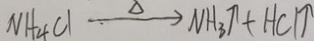
N H _ { 4 } C l \xrightarrow { \Delta } N H _ { 3 } \uparrow + H C l \uparrow